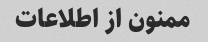
ممنون از اطلاعات